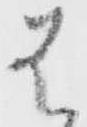
は